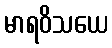
မာရဝိသယေ